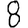
Digit: 8